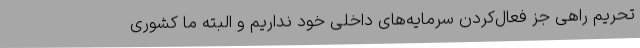
تحریم راهی جز فعال‌کردن سرمایه‌های داخلی خود نداریم و البته ما کشوری